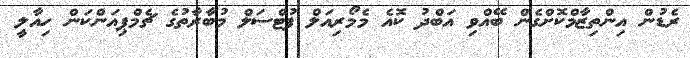
ރެޑުން އިންތިޒާމްކޮށްގެން ބޭއްވި އަބްދު ކޮއެ މެމޯރިއަލް ފުޓްސަލް މުބާރާތުގެ ޗެމްޕިއަންކަން ހިއާލީ